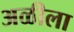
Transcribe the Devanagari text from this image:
अळीला